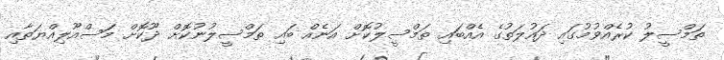
ތަމްސީލު ކުރެއްވުމުގައި ދައުލަތުގެ އެއްބައި ތަމްސީލުކޮށް އަނެއް ބައި ތަމްސީލުނުކޮށް ދޫކޮށް މަސްއޫލިއްޔަތާއި